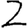
Digit: 2